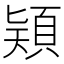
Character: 𩒠